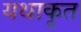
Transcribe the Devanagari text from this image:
यथाकृत